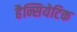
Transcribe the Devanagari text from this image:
हैन्सियेटिक